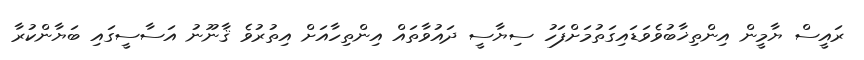
ރައީސް ޔާމީން އިންތިޚާބުވެވަޑައިގަތުމަށްފަހު ސިޔާސީ ދައުވާތައް އިންތިހާއަށް އިތުރުވެ ޤާނޫނު އަސާސީގައި ބަޔާންކުރާ